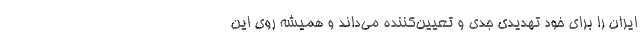
ایران را برای خود تهدیدی جدی و تعیین‌کننده می‌داند و همیشه روی این